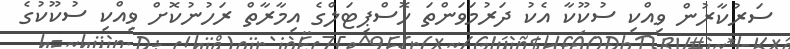
ސަރުކާރުން ވިއްކި ސުކޫކާ އެކު ދަރުމަވަންތަ ހޮސްޕިޓަލްގެ އިމާރާތް ރަހުނުކޮށް ވިއްކި ސުކޫކުގެ